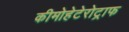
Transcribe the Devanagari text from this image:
कीमोहेटेरोट्राफ